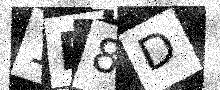
Text: 1P8D